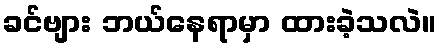
ခင်ဗျား ဘယ်နေရာမှာ ထားခဲ့သလဲ။